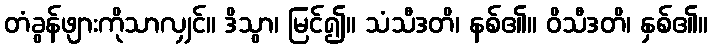
တံခွန်ဖျားကိုသာလျှင်။ ဒိသွာ၊ မြင်၍။ သံသီဒတိ၊ နစ်၏။ ဝိသီဒတိ၊ နှစ်၏။